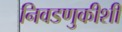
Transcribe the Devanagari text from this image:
निवडणुकीशी